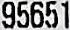
95651